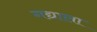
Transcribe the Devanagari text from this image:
गद्याला